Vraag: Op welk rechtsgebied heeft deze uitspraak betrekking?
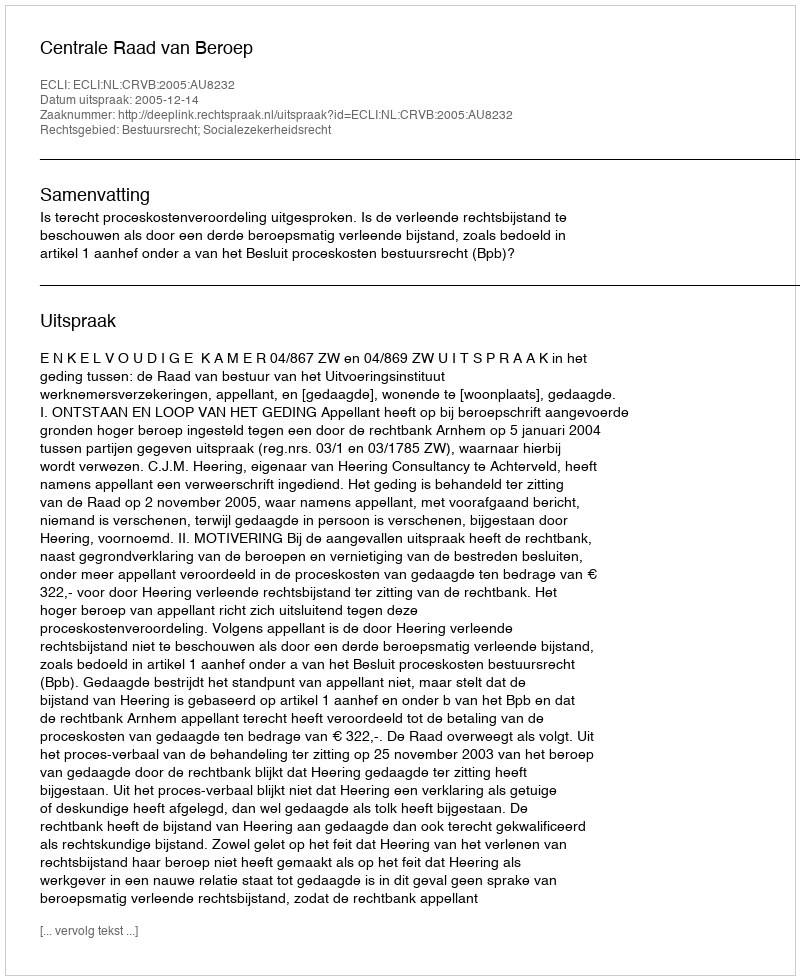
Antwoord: Bestuursrecht; Socialezekerheidsrecht